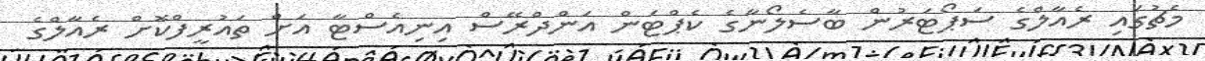
މެޗުގައި ރެއާލްގެ ސަޕޯޓަރުން ބާސެލޯނާގެ ކެޕްޓަން އަންދްރޭސް އިނިއެސްޓާ އަށް ތައުރީފްކޮށް ރެއާލްގެ